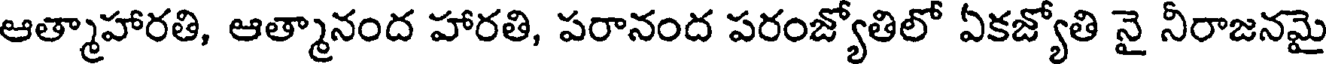
ఆత్మాహారతి, ఆత్మానంద హారతి, పరానంద పరంజ్యోతిలో ఏకజ్యోతి నై నీరాజనమై